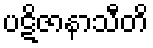
ပဋိဇာနာသီတိ